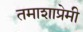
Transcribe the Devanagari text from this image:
तमाशाप्रेमी